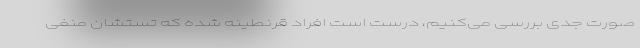
صورت جدی بررسی می‌کنیم، درست است افراد قرنطینه شده که تستشان منفی